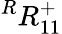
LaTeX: {}^{R}{R}_{1{1}}^{+}